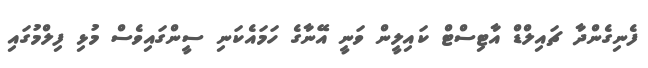
ފެނިގެންދާ ޗައިލްޑް އާޓިސްޓް ކައިލީން ވަނީ އޭނާގެ ހަމައެކަނި ސީންގައިވެސް މުޅި ފިލްމުގައި